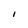
Character: I